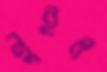
নুইল